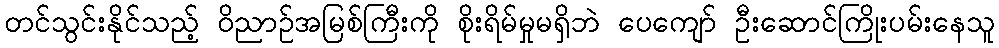
တင်သွင်းနိုင်သည့် ဝိညာဉ်အမြစ်ကြီးကို စိုးရိမ်မှုမရှိဘဲ ပေကျော် ဦးဆောင်ကြိုးပမ်းနေသူ